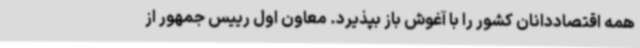
همه اقتصاددانان کشور را با آغوش باز بپذیرد. معاون اول رییس جمهور از